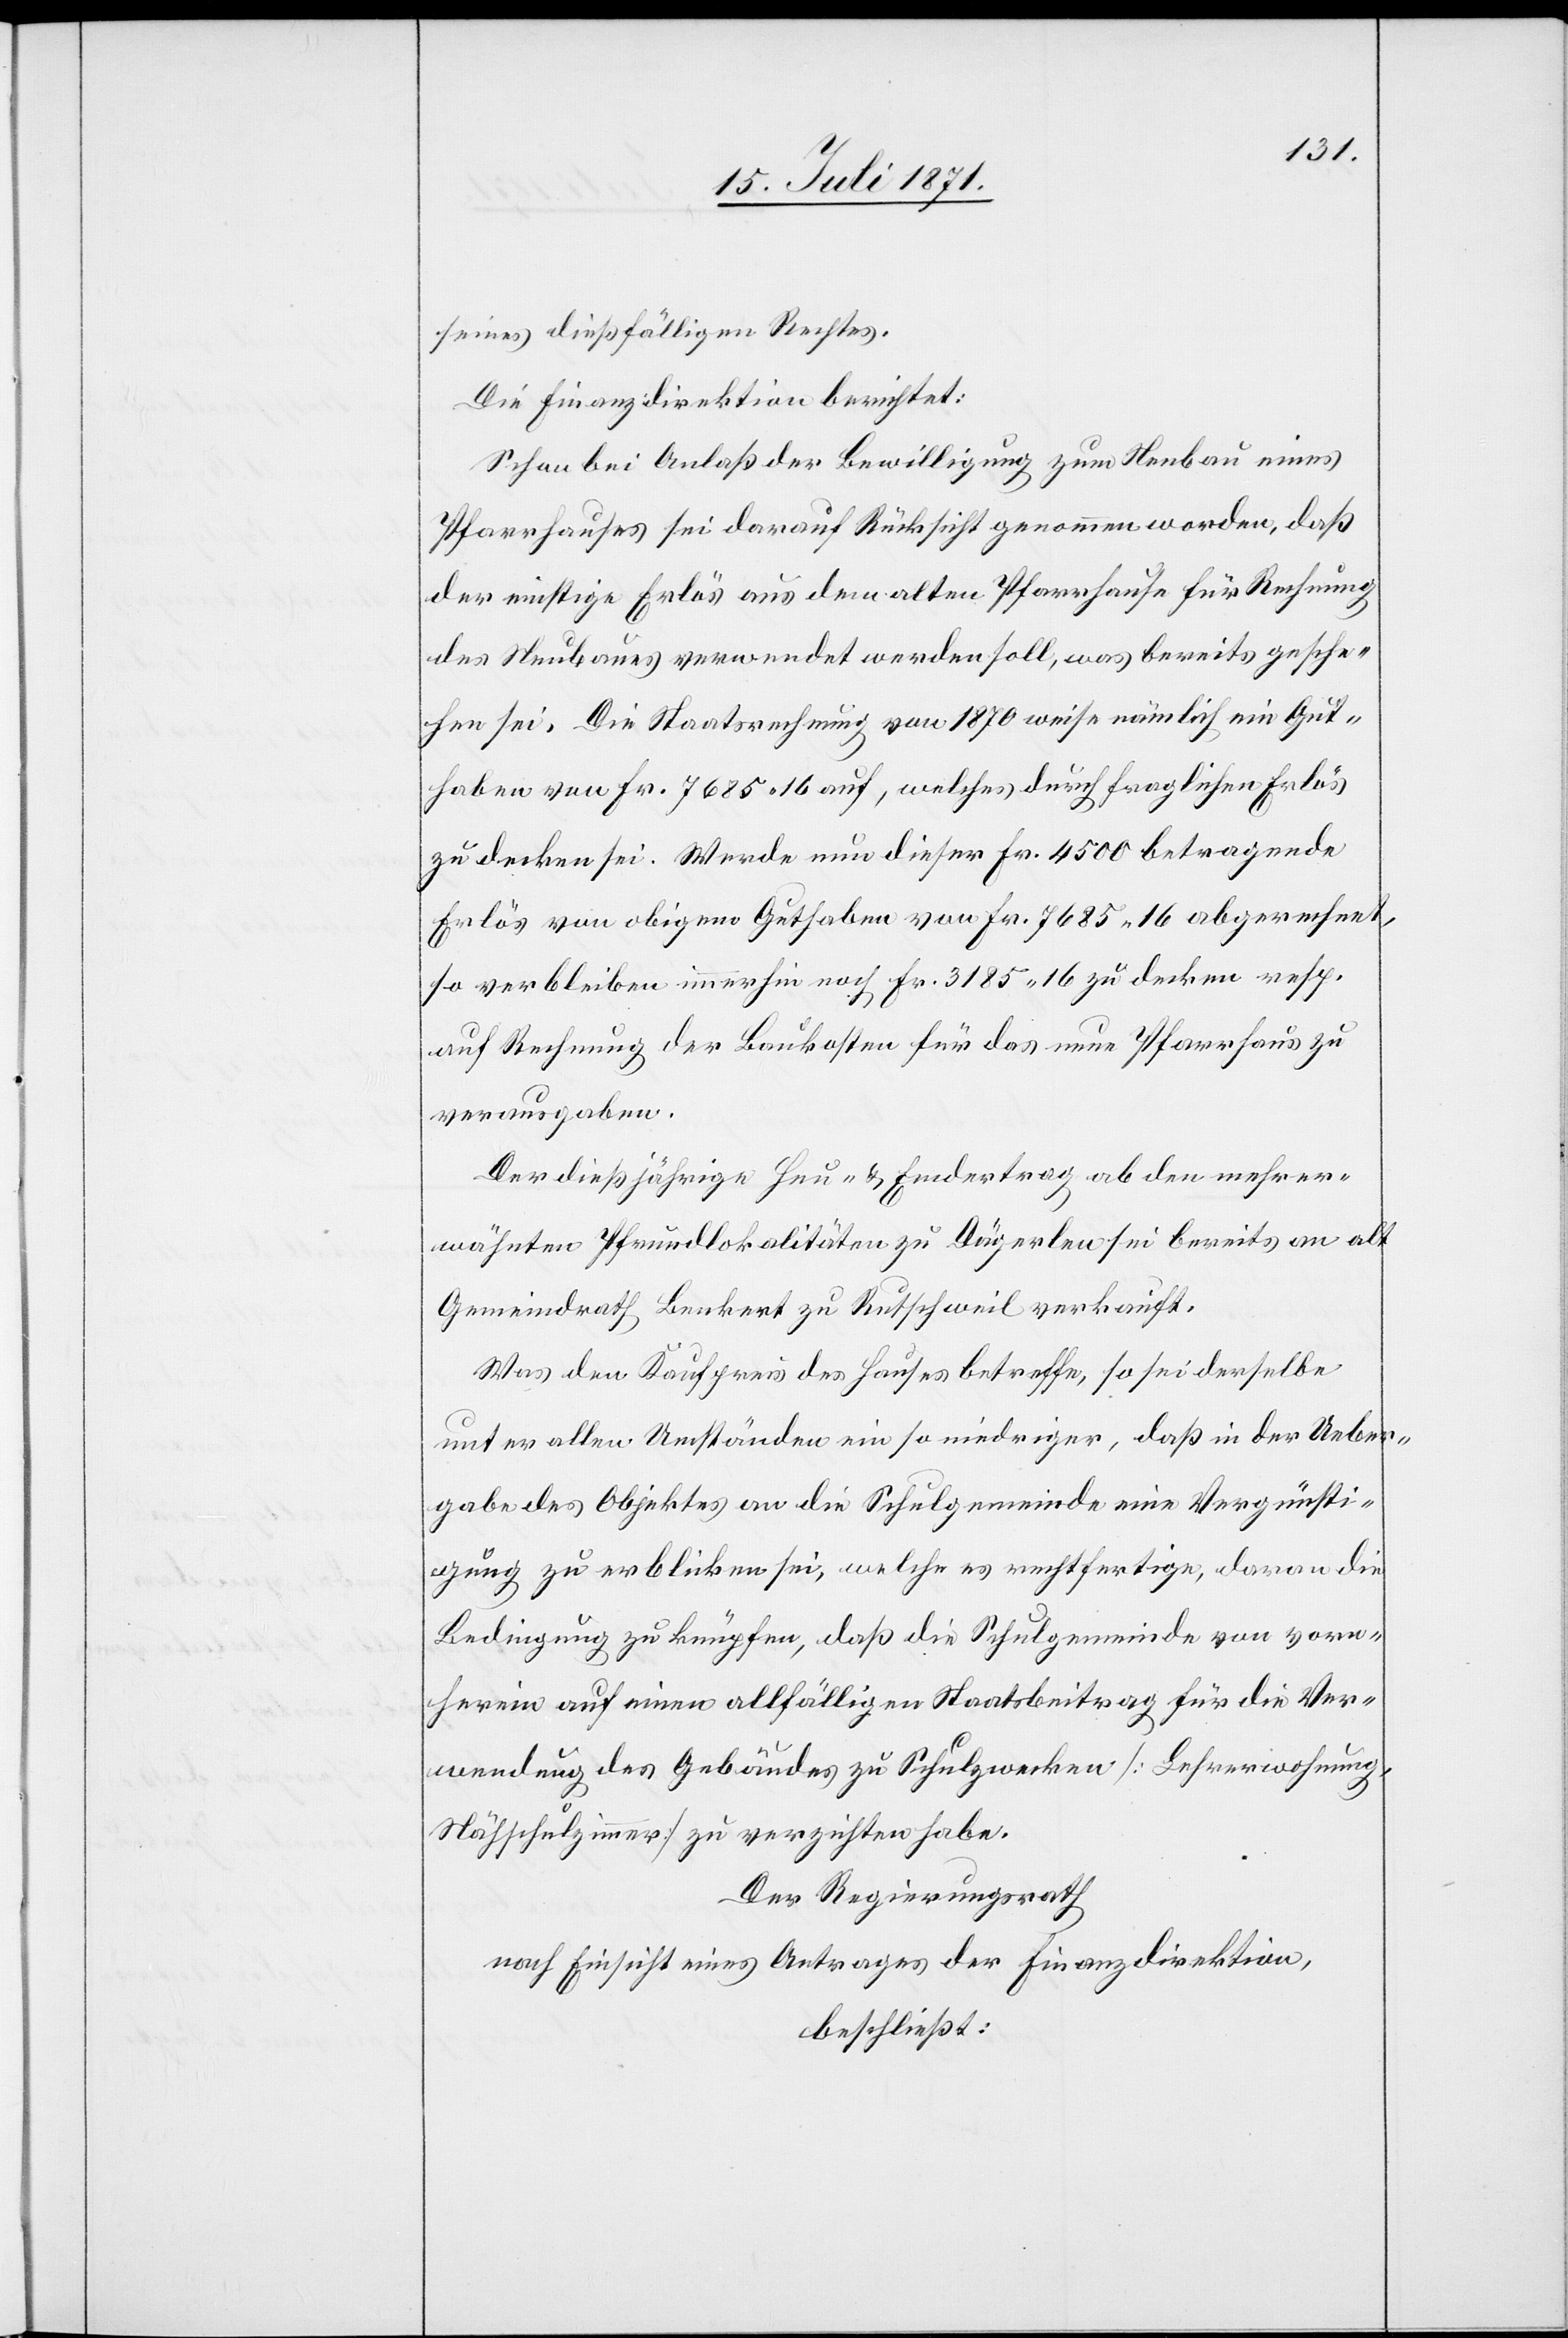
seines dießfälligen Rechtes.
Die Finanzdirektion berichtet:
Schon bei Anlaß der Bewilligung zum Neubau eines
Pfarrhauses sei darauf Rücksicht genommen worden, daß
der nichtige Erlös aus dem alten Pfarrhause für Rechnung
des Neubaues verwendet werden soll, was bereits gesche¬
hen sei. Die Staatsrechnung von 1870 weise nämlich ein Gut¬
haben von Fr. 7685.16 auf, welches durch fraglichen Erlös
zu decken sei. Werde nun dieser Fr. 4500 betragende
Erlös von obigem Guthaben von Fr. 7685.16 abgerechnet,
so verbleiben immerhin noch Fr. 3185.16 zu decken resp.
auf Rechnung der Baukosten für das neue Pfarrhaus zu
verausgaben.
Der dießjährige Heu- u. Emdertrag ab den mehrer¬
wähnten Pfrundlokalitäten zu Dägerlen sei bereits an alt
Gemeindrath Benkert zu Rutschweil verkauft.
Was den Kaufpreis des Hauses betreffe, so sei derselbe
unter allen Umständen ein so niedriger, daß in der Ueber¬
gabe des Objektes an die Schulgemeinde eine Vergünsti¬
gung zu erblicken sei, welche es rechtfertige, daran die
Bedingung zu knüpfen, daß die Schulgemeinde von vorn¬
herein auf einen allfälligen Staatsbeitrag für die Ver¬
wendung des Gebäudes zu Schulzwecken [Lehrerwohnung,
Nähschulzimmer] zu verzichten habe.
Der Regierungsrath
nach Einsicht eines Antrages der Finanzdirektion,
beschließt: